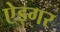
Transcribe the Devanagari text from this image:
ऐड्गर